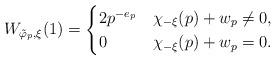
LaTeX: \begin{align*} W_{\tilde{\varphi}_p,\xi}(1) = \begin{cases} 2p^{-e_p} & \chi_{-\xi}(p)+w_p \neq 0, \\ 0 & \chi_{-\xi}(p)+w_p = 0. \end{cases} \end{align*}